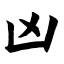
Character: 凶